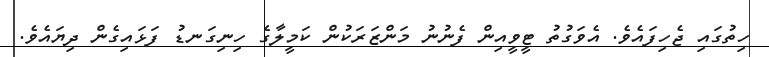
ހިތުގައި ޖެހިފައެވެ. އެވަގުތު ޓީވީއިން ފެނުނު މަންޒަރަކުން ކަމީލާގެ ހިނިގަނޑު ފަޅައިގެން ދިޔައެވެ.